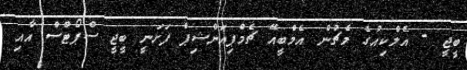
ބީޖީ - އެލްކިއުގެ މެޗުން އެމްބީއޭ ޗެމްޕިއަންޝިޕް ފަށަނީ ބީޖީ ސްޕޯޓްސް އާއި